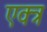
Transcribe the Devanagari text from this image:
एक्त्र